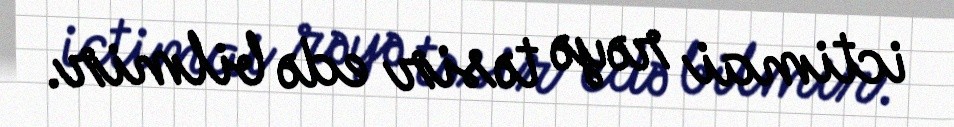
ictimai rəyə təsir edə bilmir.